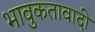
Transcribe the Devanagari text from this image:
भावुकतावादी